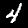
Digit: 4